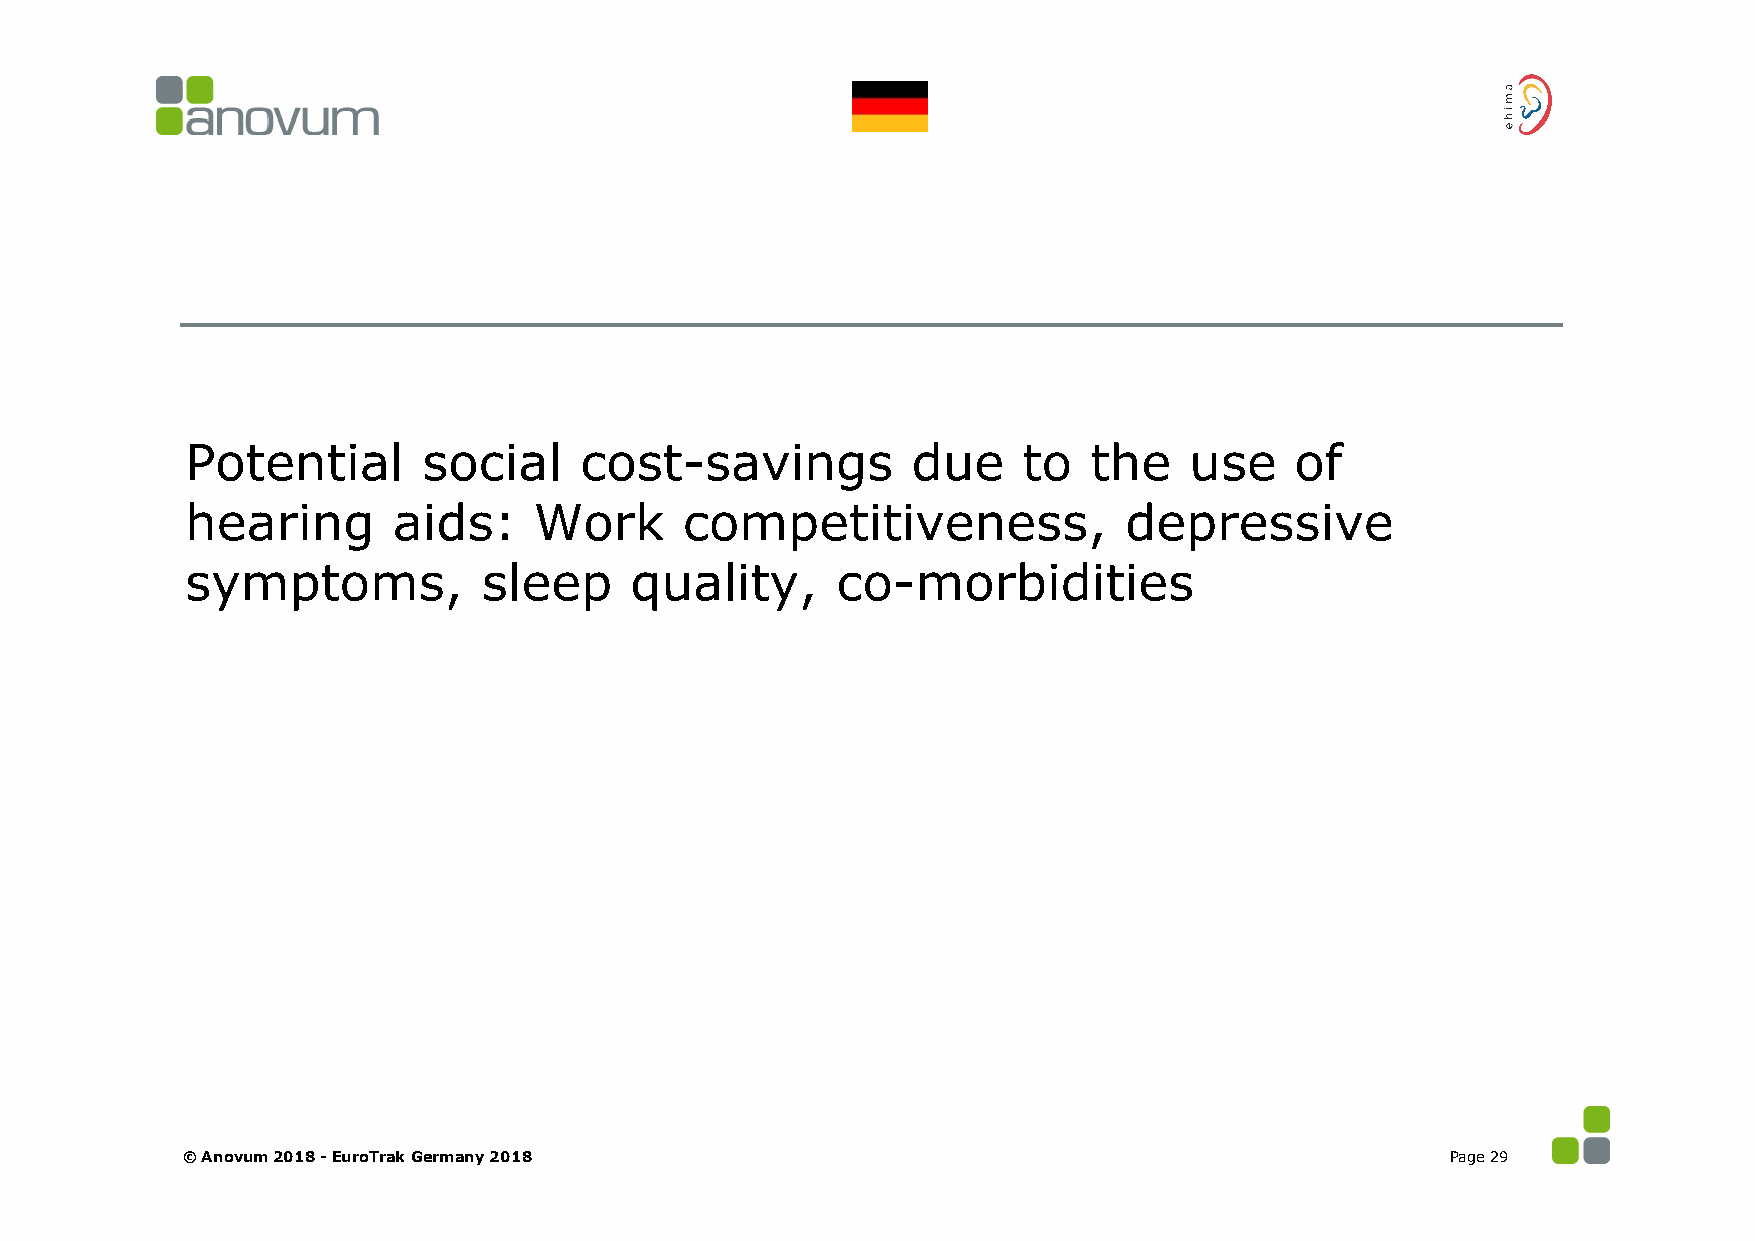
Potential       social    cost-savings          due     to  the    use    of
 hearing       aids:    Work      competitiveness,             depressive
 symptoms,           sleep     quality,     co-morbidities
 © Anovum 2018 -EuroTrak Germany 2018                                                Page 29